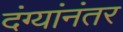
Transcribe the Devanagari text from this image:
दंग्यांनंतर